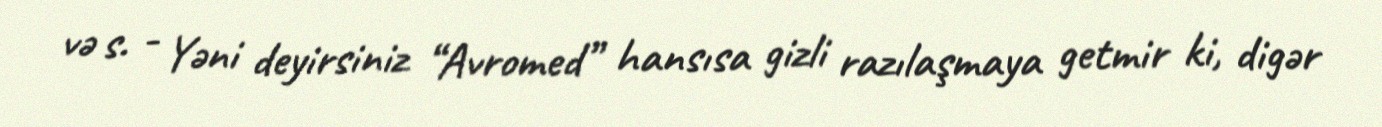
və s. - Yəni deyirsiniz “Avromed” hansısa gizli razılaşmaya getmir ki, digər